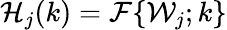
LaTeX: \mathcal{H}_{j}(k)=\mathcal{F}\{ \mathcal{W}_{j};k\}